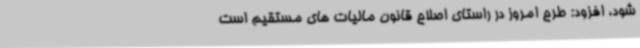
شود، افزود: طرح امروز در راستای اصلاح قانون مالیات های مستقیم است